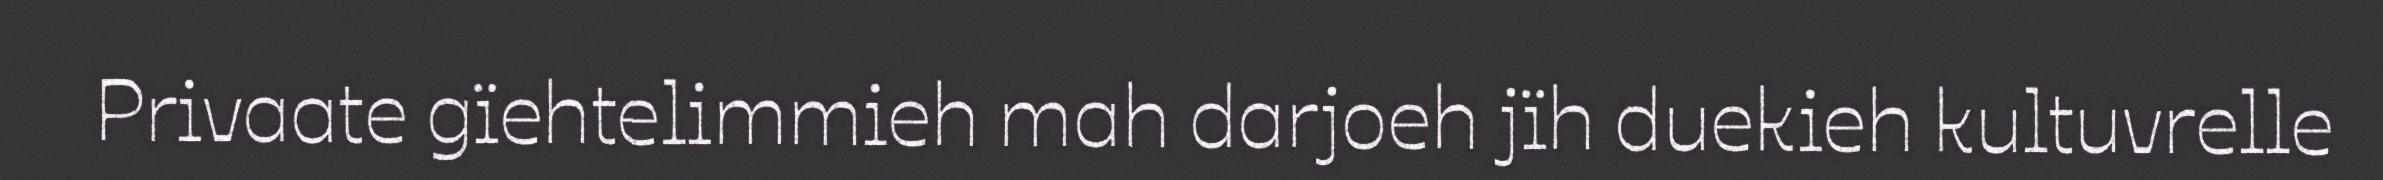
Privaate gïehtelimmieh mah darjoeh jïh duekieh kultuvrelle